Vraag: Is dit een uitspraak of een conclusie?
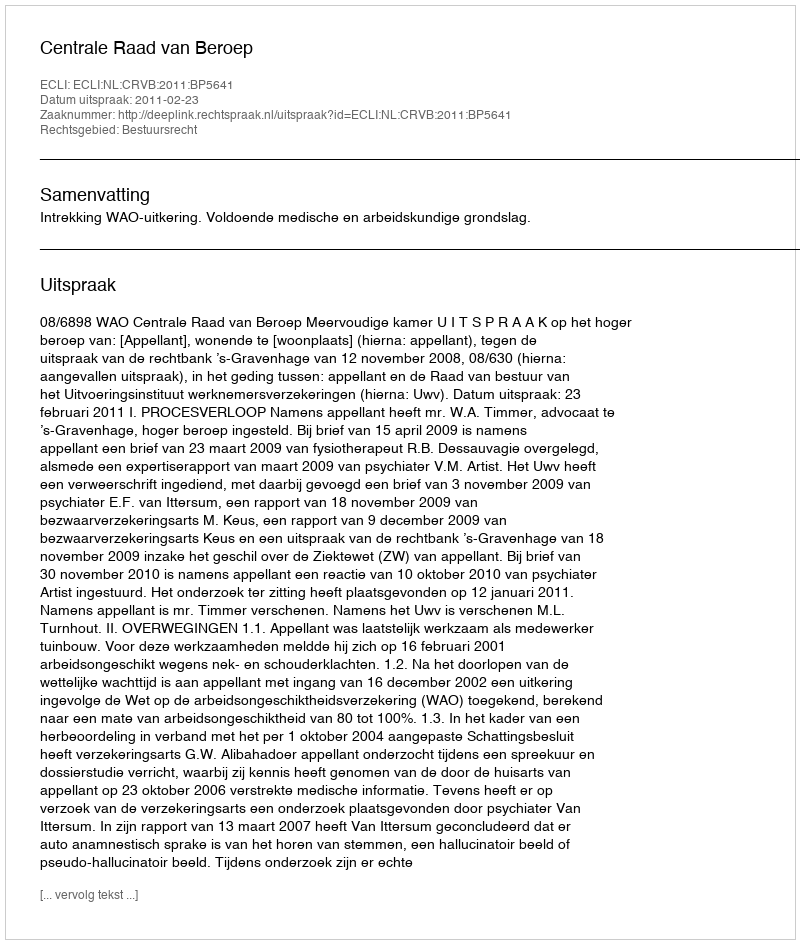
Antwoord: Uitspraak